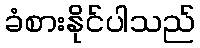
ခံစားနိုင်ပါသည်